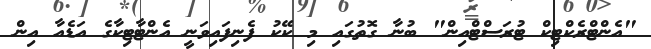
"އެންޓްރެކްޓިކް ޓުރަސްޓްއިން" ބުނާ ގޮތުގައި މި ކޭކު ފެނިފައިވަނީ އެންޓާޓިކާގެ އަޑެއާ އިން